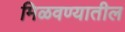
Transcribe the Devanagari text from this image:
मिळवण्यातील